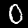
Digit: 0